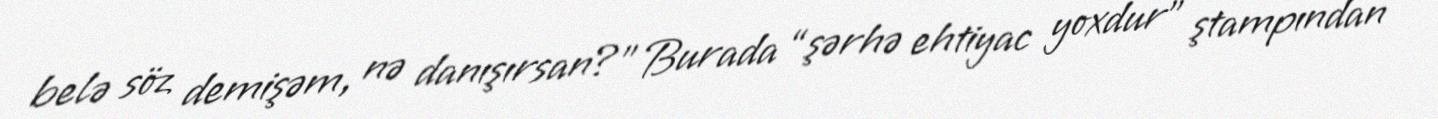
belə söz demişəm, nə danışırsan?” Burada “şərhə ehtiyac yoxdur” ştampından